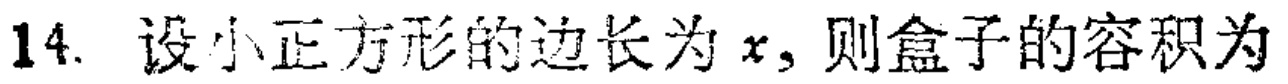
14. 设小正方形的边长为\(x\)，则盒子的容积为